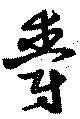
爵